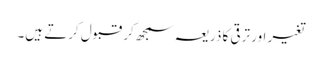
تغیر اور ترقی کا ذریعہ سمجھ کر قبول کرتے ہیں۔